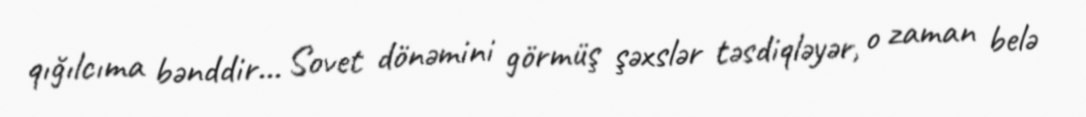
qığılcıma bənddir... Sovet dönəmini görmüş şəxslər təsdiqləyər, o zaman belə